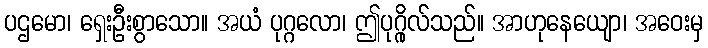
ပဌမော၊ ရှေးဦးစွာသော။ အယံ ပုဂ္ဂလော၊ ဤပုဂ္ဂိုလ်သည်။ အာဟုနေယျော၊ အဝေးမှ